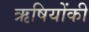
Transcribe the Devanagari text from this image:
ऋषियोंकी